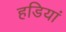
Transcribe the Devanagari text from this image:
हडियां